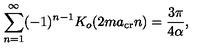
\sum _ { n = 1 } ^ { \infty } ( - 1 ) ^ { n - 1 } K _ { o } ( 2 m a _ { \mathrm { c r } } n ) = { \frac { 3 \pi } { 4 \alpha } } ,